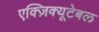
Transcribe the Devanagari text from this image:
एक्ज़िक्यूटेबल